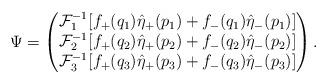
LaTeX: \begin{align*} \Psi = \begin{pmatrix}\mathcal{F}^{-1}_1 [ f_+ (q_1) \hat \eta_+ (p_1) + f_- (q_1) \hat \eta_- (p_1)]\\ \mathcal{F}^{-1}_2 [ f_+ (q_2) \hat \eta_+ (p_2) + f_- (q_2) \hat \eta_- (p_2)]\\ \mathcal{F}^{-1}_3 [ f_+ (q_3) \hat \eta_+ (p_3) + f_- (q_3) \hat \eta_- (p_3)] \end{pmatrix}. \end{align*}